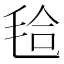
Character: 𣭝